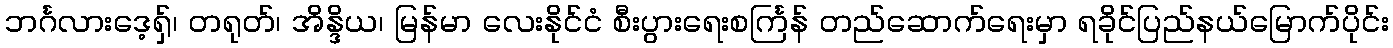
ဘင်္ဂလားဒေ့ရှ်၊ တရုတ်၊ အိန္ဒိယ၊ မြန်မာ လေးနိုင်ငံ စီးပွားရေးစင်္ကြန် တည်ဆောက်ရေးမှာ ရခိုင်ပြည်နယ်မြောက်ပိုင်း